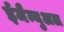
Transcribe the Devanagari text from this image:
ईमैन्युअल